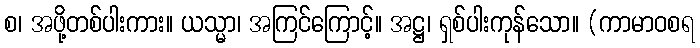
စ၊ အဖို့တစ်ပါးကား။ ယသ္မာ၊ အကြင်ကြောင့်။ အဋ္ဌ၊ ရှစ်ပါးကုန်သော။ (ကာမာဝစရ